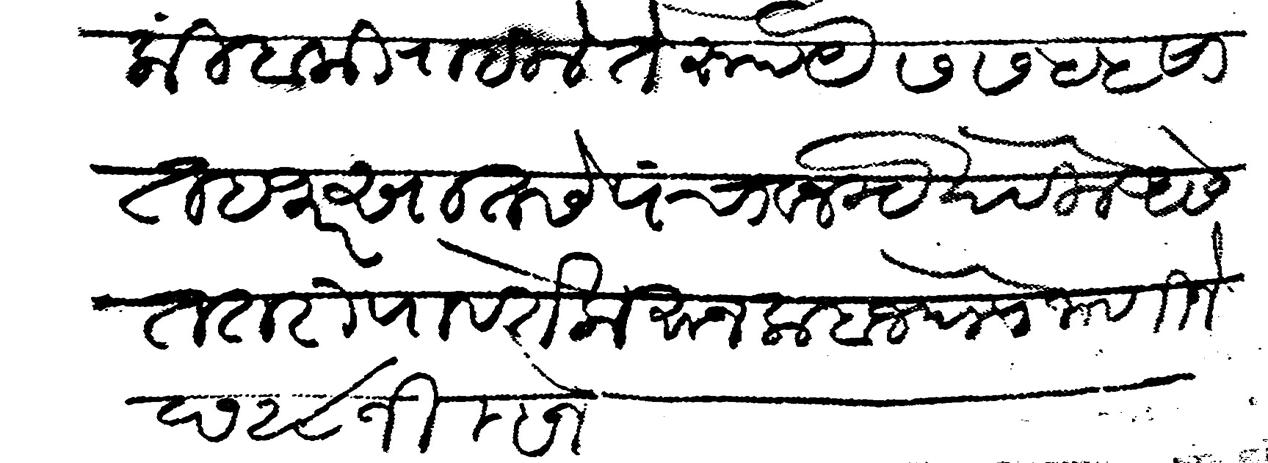
Transliteration (Devanagari): पैकी बाकी राहिले ते रूपये ७७५५ सात हजार सातसे पंचावन रूये देविले असेत तरी पावते करून कबज घेणे जाणिजे छ २८ जिल्हेज